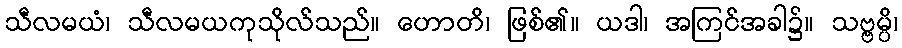
သီလမယံ၊ သီလမယကုသိုလ်သည်။ ဟောတိ၊ ဖြစ်၏။ ယဒါ၊ အကြင်အခါ၌။ သဗ္ဗမ္ပိ၊